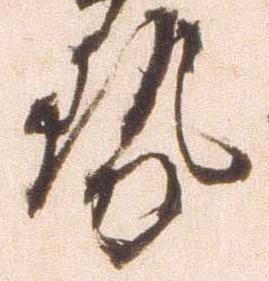
勢